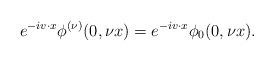
LaTeX: \begin{align*}e^{-iv\cdot x}\phi^{(\nu)}(0,\nu x)=e^{-iv\cdot x}\phi_0(0,\nu x).\end{align*}